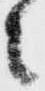
之